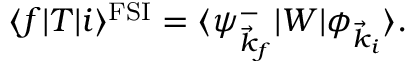
\langle f | T | i \rangle ^ { \mathrm { F S I } } = \langle \psi _ { \vec { k } _ { f } } ^ { - } | W | \phi _ { \vec { k } _ { i } } \rangle .